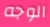
الوجه